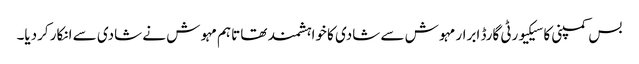
بس کمپنی کا سیکیورٹی گارڈ ابرار مہوش سے شادی کا خواہشمند تھا تاہم مہوش نے شادی سے انکار کردیا۔